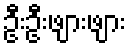
ဦးဦးဖျားဖျား